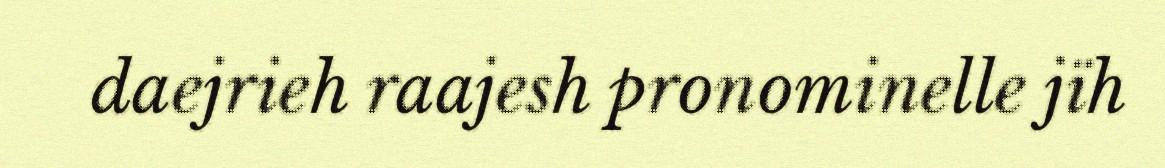
daejrieh raajesh pronominelle jïh